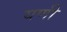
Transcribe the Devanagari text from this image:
यणी